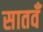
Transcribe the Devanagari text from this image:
सातवँ